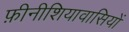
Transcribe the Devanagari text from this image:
फ़ीनीशियावासियों